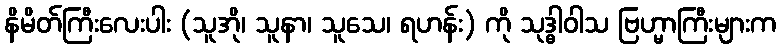
နိမိတ်ကြီးလေးပါး (သူအို၊ သူနာ၊ သူသေ၊ ရဟန်း) ကို သုဒ္ဓါဝါသ ဗြဟ္မာကြီးများက